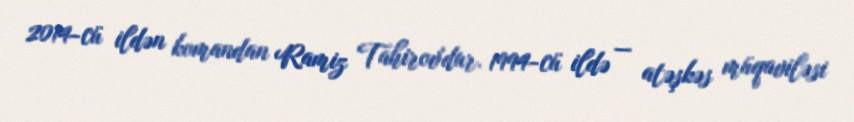
2014-cü ildən komandan Ramiz Tahirov'dur. 1994-cü ildə — atəşkəs müqaviləsi